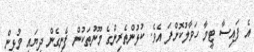
އެ ފައިސާ ޓީމާ ހަވާލުކޮށްފަ އެވެ. ކުޅުންތެރިންގެ މޫނުތަކުން ފެނިގެން ދިޔައީ މުޅިން